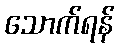
သောက်ရန်